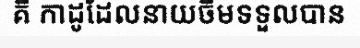
គឺ កាដូដែលនាយចឺមទទួលបាន